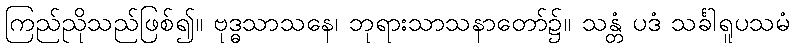
ကြည်ညိုသည်ဖြစ်၍။ ဗုဒ္ဓသာသနေ၊ ဘုရားသာသနာတော်၌။ သန္တံ ပဒံ သင်္ခါရူပသမံ